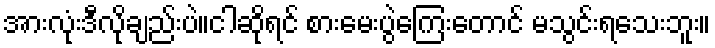
အားလုံးဒီလိုချည်းပဲ။ငါဆိုရင် စားမေးပွဲကြေးတောင် မသွင်းရသေးဘူး။